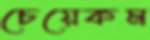
চেয়েকম